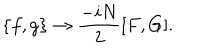
\{ f , g \} \rightarrow \frac { - i N } { 2 } [ F , G ] .